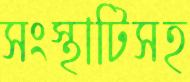
সংস্থাটিসহ